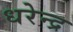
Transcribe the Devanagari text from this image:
धरेन्द्र